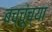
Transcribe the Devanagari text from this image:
बच्चूंच्या